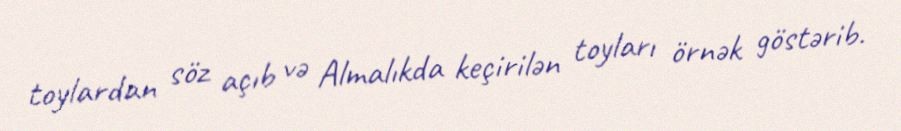
toylardan söz açıb və Almalıkda keçirilən toyları örnək göstərib.